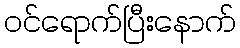
ဝင်ရောက်ပြီးနောက်